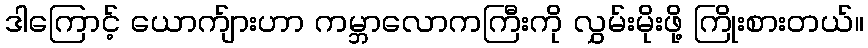
ဒါကြောင့် ယောက်ျားဟာ ကမ္ဘာလောကကြီးကို လွှမ်းမိုးဖို့ ကြိုးစားတယ်။